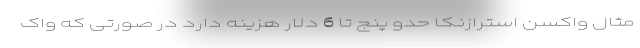
مثال واکسن استرازنکا حدو پنج تا 6 دلار هزینه دارد در صورتی که واک